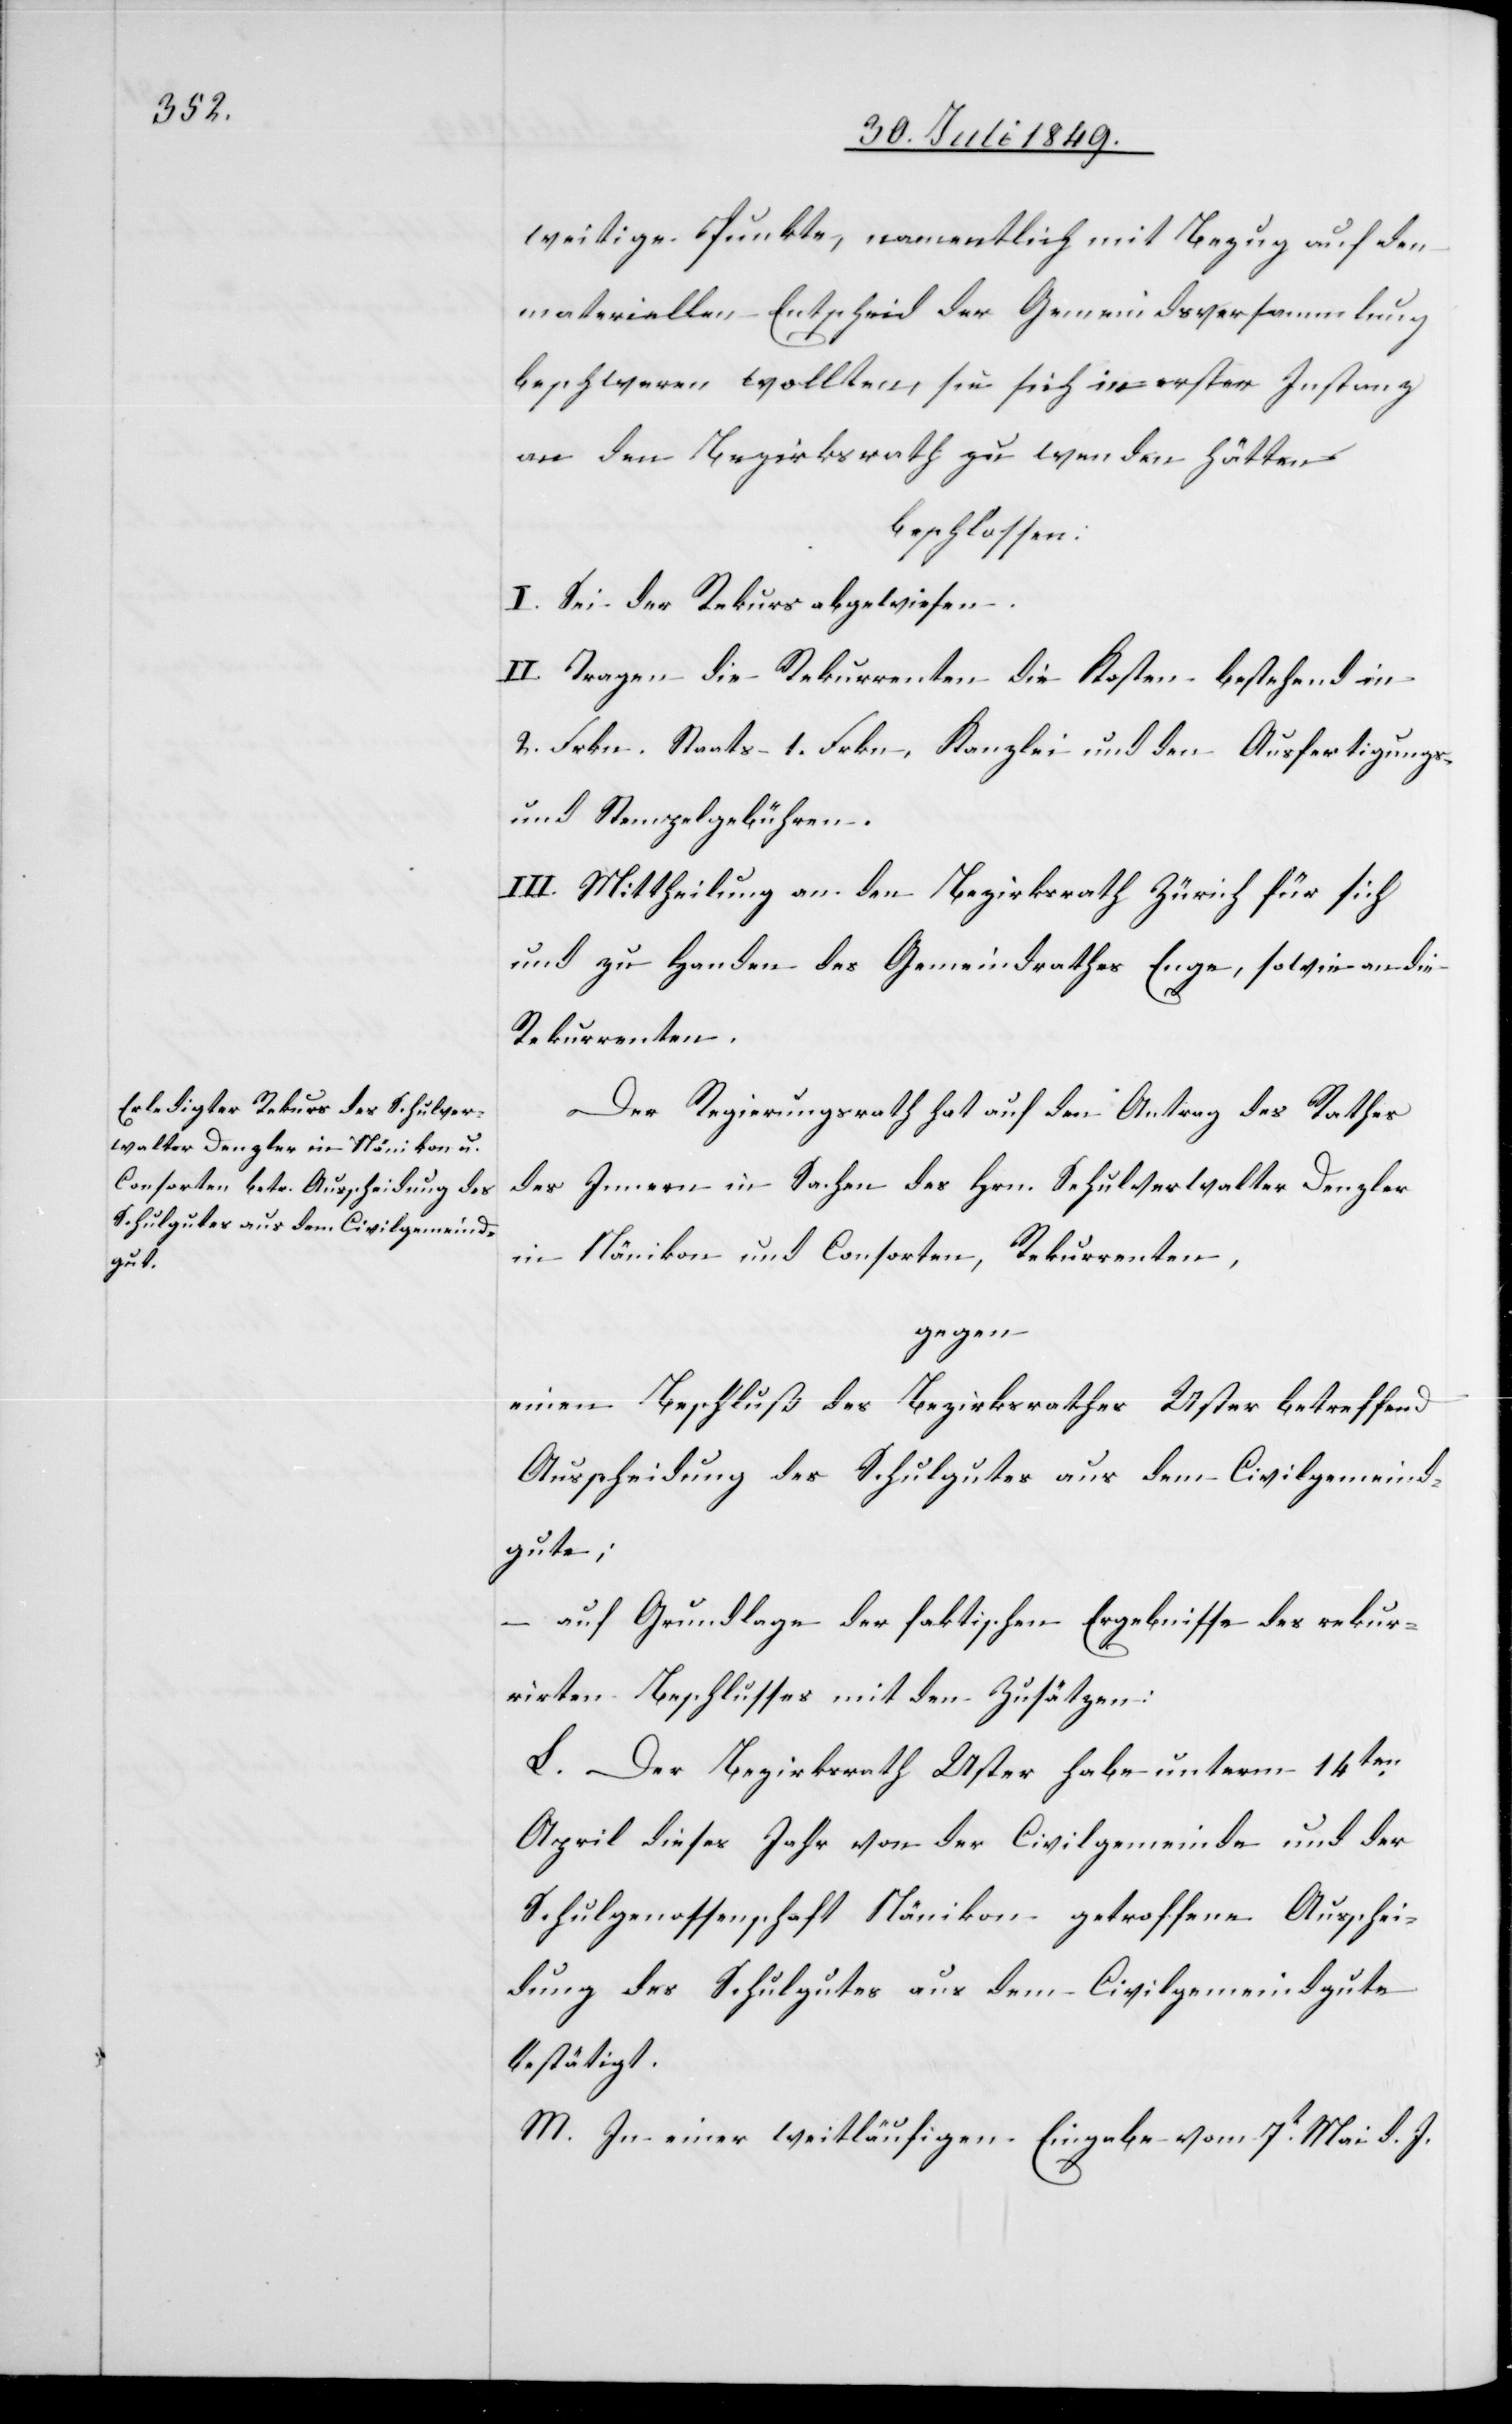
weitige Punkte, namentlich mit Bezug auf den
materiellen Entscheid der Gemeindsversammlung
beschweren wollten, sie sich in erster Instanz
an den Bezirksrath zu wenden hätten.
beschlossen:
I. Sei der Rekurs abgewiesen.
II. Tragen die Rekurrenten die Kosten bestehend in
2. Frkn. Staats- 1. Frkn. Kanzlei und den Ausfertigungs-
und Stempelgebühren.
III. Mittheilung an den Bezirksrath Zürich für sich
und zu Handen des Gemeindrathes Enge, sowie an die
Rekurrenten.
Der Regierungsrath hat auf den Antrag des Rathes
des Innern in Sachen des Hrn. Schulverwalter Denzler
in Nänikon und Consorten, Rekurrenten,
gegen
einen Beschluß des Bezirksrathes Uster betreffend
Ausscheidung des Schulgutes aus dem Civilgemeind¬
gute;
–
auf Grundlage der faktischen Ergebnisse des rekur¬
rirten Beschlusses mit den Zusätzen:
L. Der Bezirksrath Uster habe unterm 14ten
April dieses Jahr von der Civilgemeinde und der
Schulgenossenschaft Nänikon getroffene Ausschei¬
dung des Schulgutes aus dem Civilgemeindgute
bestätigt.
M. In einer weitläufigen Eingabe vom 7t Mai d. J.